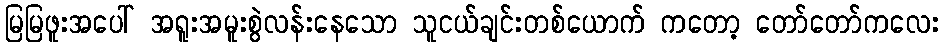
မြမြဖူးအပေါ် အရူးအမူးစွဲလန်းနေသော သူငယ်ချင်းတစ်ယောက် ကတော့ တော်တော်ကလေး